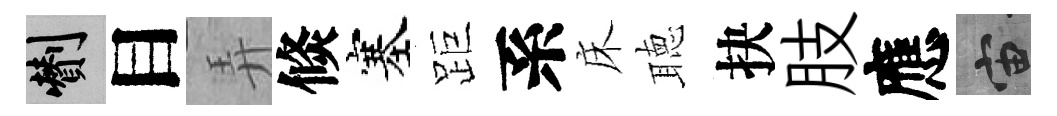
剪目弄倐塞距系床聴抉肢應宙